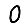
Digit: 0